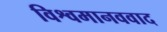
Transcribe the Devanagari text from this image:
विश्वमानववाद